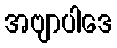
အဗျာပါဒေ